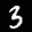
Digit: 3